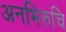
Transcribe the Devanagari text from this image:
अनभिरुचि